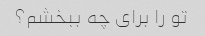
تو را برای چه ببخشم؟